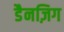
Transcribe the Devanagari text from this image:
डैनज़िग